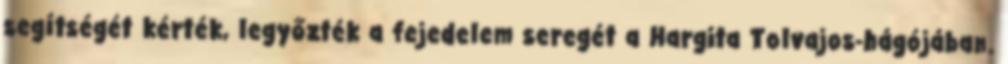
segítségét kérték, legyőzték a fejedelem seregét a Hargita Tolvajos-hágójában.